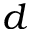
d